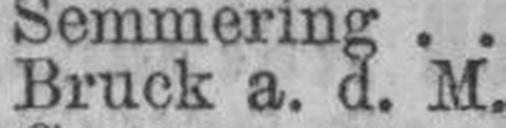
Bruck a. d. M.